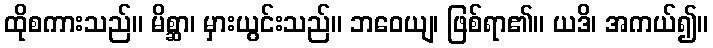
ထိုစကားသည်။ မိစ္ဆာ၊ မှားယွင်းသည်။ ဘဝေယျ၊ ဖြစ်ရာ၏။ ယဒိ၊ အကယ်၍။